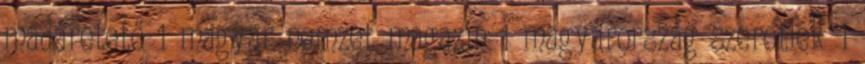
madáretető 1 magyar nemzet magazin 1 magyarország szeretlek 1